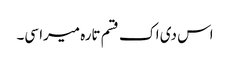
اس دی اک قسم تارہ میرا سی۔